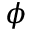
\phi